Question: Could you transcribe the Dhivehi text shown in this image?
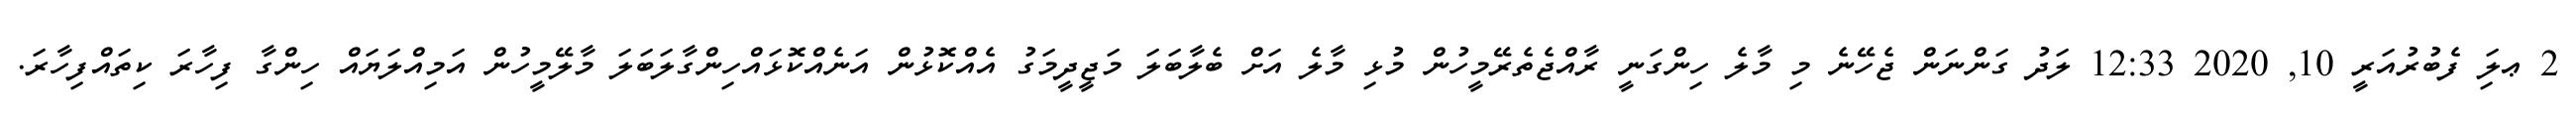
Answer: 2 ޢލަި ފެބުރުއަރީ 10, 2020 12:33 ލަދު ގަންނަން ޖެހޭނެ މި މާލެ ހިންގަނީ ރާއްޖެތެރޭމީހުން މުޅި މާލެ އަށް ބެލާބަލަ މަޖީދީމަގު އެއްކޮޅުން އަނެއްކޮޅައްހިންގާލަބަލަ މާލޭމީހުން އަމިއްލަޔައް ހިންގާ ފިހާރަ ކިތައްފިހާރަ.